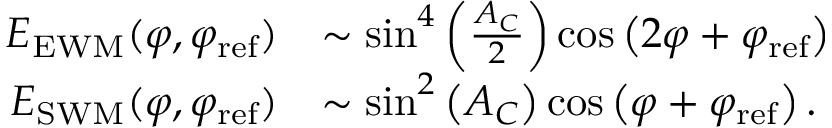
\begin{array} { r l } { E _ { \mathrm { E W M } } ( \varphi , \varphi _ { \mathrm { r e f } } ) } & { \sim \sin ^ { 4 } \left( \frac { A _ { C } } { 2 } \right) \cos \left( 2 \varphi + \varphi _ { \mathrm { r e f } } \right) } \\ { E _ { \mathrm { S W M } } ( \varphi , \varphi _ { \mathrm { r e f } } ) } & { \sim \sin ^ { 2 } \left( A _ { C } \right) \cos \left( \varphi + \varphi _ { \mathrm { r e f } } \right) . } \end{array}